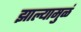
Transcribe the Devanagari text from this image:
झाल्यामुळं